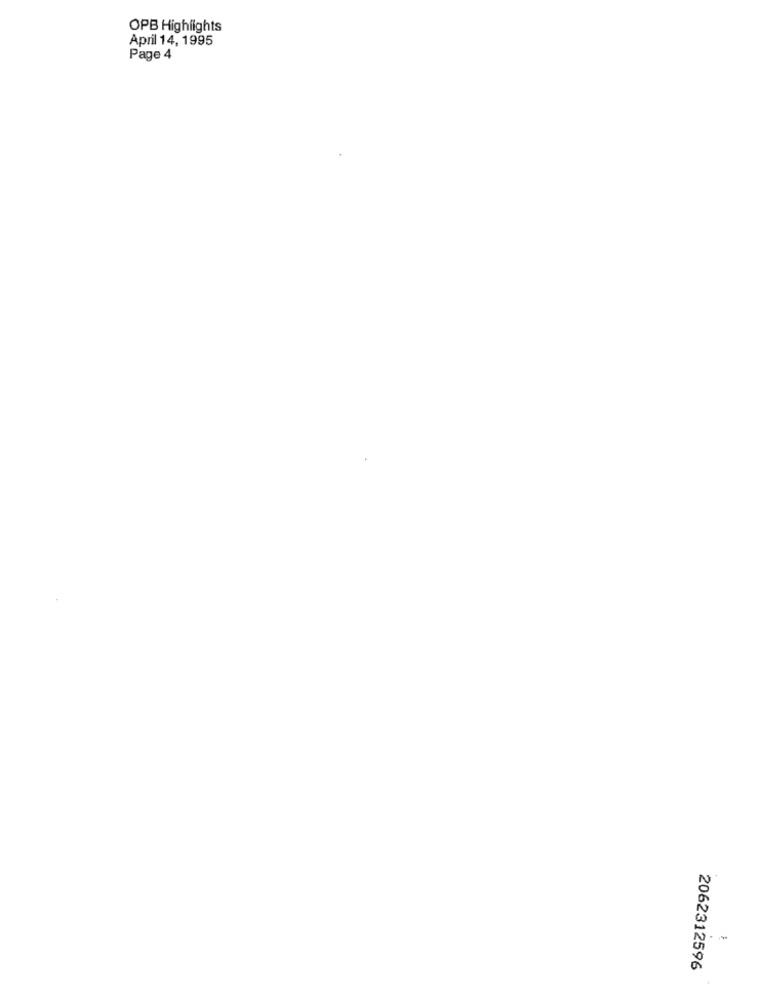
OPB Highlights
April 14, 1995
Page 4
2062312596